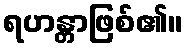
ရဟန္တာဖြစ်၏။